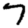
Digit: 7